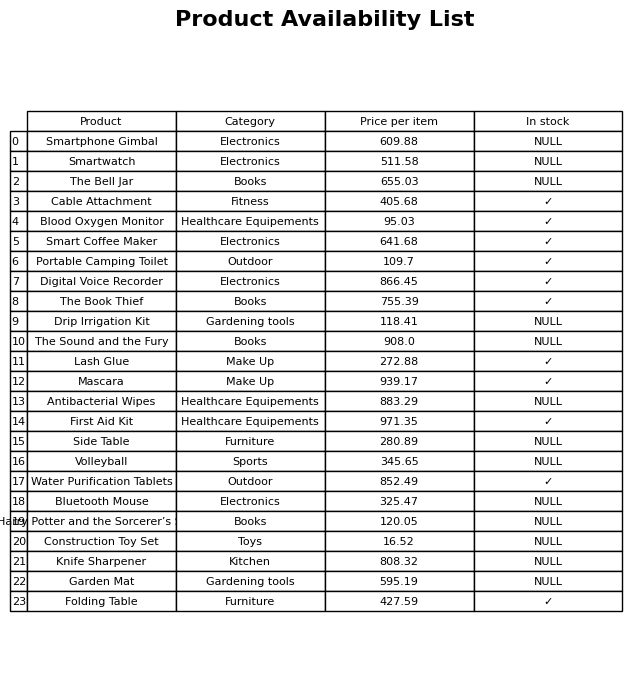
question: What is the stock status of the Blood Oxygen Monitor?
answer: ✓